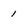
Character: 1